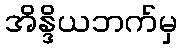
အိန္ဒိယဘက်မှ